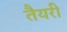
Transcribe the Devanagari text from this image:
तैयरी